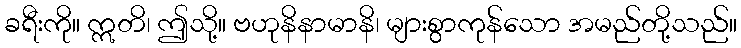
ခရီးကို။ ဣတိ၊ ဤသို့။ ဗဟုနိနာမာနိ၊ များစွာကုန်သော အမည်တို့သည်။